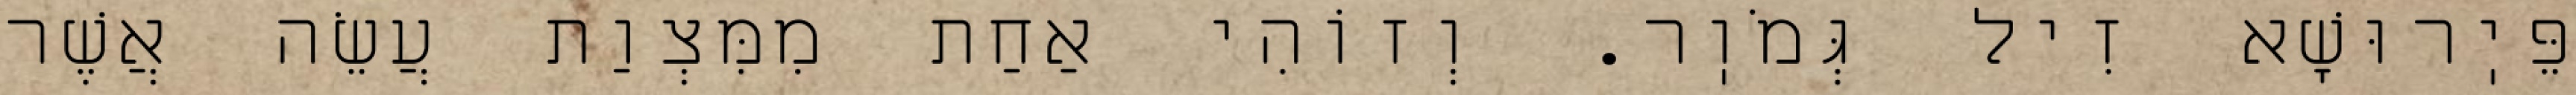
פֵּיֽרוּשָׁא זִיל גְּמֹוֽר. וְזוֹהִי אַחַת מִמִּצְוַת עֲשֵׂה אֲשֶׁר